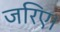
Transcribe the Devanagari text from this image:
जरिए।